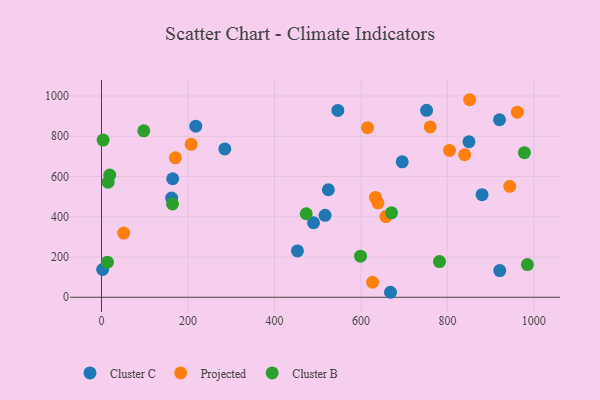
{"axis": {"x": "Experience", "y": "Rating"}, "legend": ["Cluster B", "Cluster C", "Projected"], "data": [{"x": "751.9", "y": 928.9, "type": "Cluster C"}, {"x": "668.4", "y": 24.7, "type": "Cluster C"}, {"x": "164.7", "y": 588.9, "type": "Cluster C"}, {"x": "162.2", "y": 492.8, "type": "Cluster C"}, {"x": "2.6", "y": 138.0, "type": "Cluster C"}, {"x": "849.9", "y": 772.7, "type": "Cluster C"}, {"x": "517.1", "y": 407.1, "type": "Cluster C"}, {"x": "285.2", "y": 736.9, "type": "Cluster C"}, {"x": "880.2", "y": 509.5, "type": "Cluster C"}, {"x": "453.2", "y": 230.3, "type": "Cluster C"}, {"x": "695.5", "y": 673.1, "type": "Cluster C"}, {"x": "490.4", "y": 370.2, "type": "Cluster C"}, {"x": "921.1", "y": 132.7, "type": "Cluster C"}, {"x": "920.5", "y": 882.1, "type": "Cluster C"}, {"x": "218.1", "y": 850.3, "type": "Cluster C"}, {"x": "524.7", "y": 534.2, "type": "Cluster C"}, {"x": "546.7", "y": 928.6, "type": "Cluster C"}, {"x": "760.4", "y": 846.4, "type": "Projected"}, {"x": "851.4", "y": 981.6, "type": "Projected"}, {"x": "657.9", "y": 400.9, "type": "Projected"}, {"x": "207.4", "y": 759.9, "type": "Projected"}, {"x": "627.0", "y": 74.5, "type": "Projected"}, {"x": "944.3", "y": 551.0, "type": "Projected"}, {"x": "639.5", "y": 469.1, "type": "Projected"}, {"x": "633.5", "y": 495.9, "type": "Projected"}, {"x": "804.9", "y": 729.6, "type": "Projected"}, {"x": "615.4", "y": 842.9, "type": "Projected"}, {"x": "840.0", "y": 708.3, "type": "Projected"}, {"x": "51.3", "y": 318.9, "type": "Projected"}, {"x": "961.8", "y": 919.7, "type": "Projected"}, {"x": "170.9", "y": 692.8, "type": "Projected"}, {"x": "3.7", "y": 781.3, "type": "Cluster B"}, {"x": "781.7", "y": 177.4, "type": "Cluster B"}, {"x": "19.1", "y": 606.9, "type": "Cluster B"}, {"x": "670.9", "y": 419.6, "type": "Cluster B"}, {"x": "985.0", "y": 162.3, "type": "Cluster B"}, {"x": "13.8", "y": 174.5, "type": "Cluster B"}, {"x": "97.8", "y": 827.2, "type": "Cluster B"}, {"x": "15.3", "y": 571.8, "type": "Cluster B"}, {"x": "978.2", "y": 718.3, "type": "Cluster B"}, {"x": "473.5", "y": 415.0, "type": "Cluster B"}, {"x": "599.1", "y": 204.2, "type": "Cluster B"}, {"x": "164.2", "y": 464.0, "type": "Cluster B"}]}